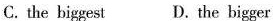
C. the biggest D. the bigger